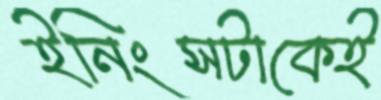
ইনিংসটাকেই